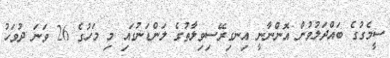
ސީމެގުގެ ބައްދަލުވުން އޮންނާނީ އިނގިރޭސިވިލާތުގެ ލަންޑަނުގައި މި މަހުގެ 26 ވަނަ ދުވަހު